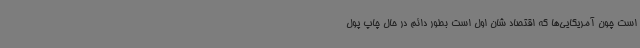
است چون آمریکایی‌ها که اقتصاد شان اول است بطور دائم در حال چاپ پول